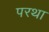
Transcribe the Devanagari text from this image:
परथा